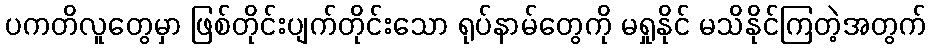
ပကတိလူတွေမှာ ဖြစ်တိုင်းပျက်တိုင်းသော ရုပ်နာမ်တွေကို မရှုနိုင် မသိနိုင်ကြတဲ့အတွက်